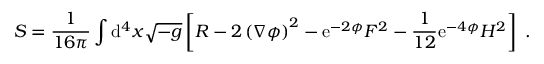
S = \frac { 1 } { 1 6 \pi } \int \mathrm { d } ^ { 4 } x \sqrt { - g } \left[ R - 2 \left( \nabla \phi \right) ^ { 2 } - \mathrm { e } ^ { - 2 \phi } F ^ { 2 } - \frac { 1 } { 1 2 } \mathrm { e } ^ { - 4 \phi } H ^ { 2 } \right] \; .